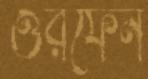
ওরফেন